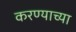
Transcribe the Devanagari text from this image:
करण्‍याच्‍या